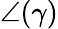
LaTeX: \angle(\gamma)